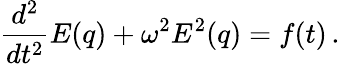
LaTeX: \frac{d^{2}}{dt^{2}}E(q)+\omega^{2}E^{2}(q)=f(t)\, .